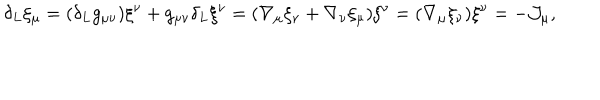
LaTeX: \delta _ { L } \xi _ { \mu } = ( \delta _ { L } g _ { \mu \nu } ) \xi ^ { \nu } + g _ { \mu \nu } \delta _ { L } \xi ^ { \nu } = ( \nabla _ { \mu } \xi _ { \nu } + \nabla _ { \nu } \xi _ { \mu } ) \xi ^ { \nu } = ( \nabla _ { \mu } \xi _ { \nu } ) \xi ^ { \nu } = - { \cal J } _ { \mu } ,